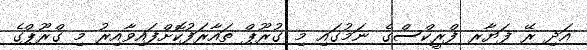
އަދި ރޭ ފަޔާރ ފްރީކްސްގެ ނަމުގައި މި ގުރޫޕް ތައާރަފުކޮށްފައިވާއިރު މި ގްރޫޕްގެ